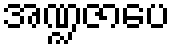
အဏ္ဍဇာပေ